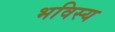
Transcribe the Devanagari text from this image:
भविस्य